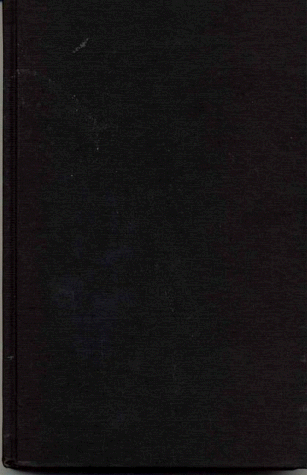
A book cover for A Rape of Justice; Walter A. Luszki; History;